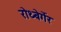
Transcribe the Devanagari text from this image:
रोथ्बेर्गेर